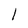
Character: l